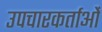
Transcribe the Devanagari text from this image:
उपचारकर्ताओं